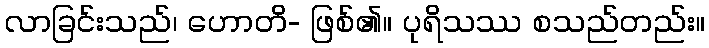
လာခြင်းသည်၊ ဟောတိ- ဖြစ်၏။ ပုရိသဿ စသည်တည်း။